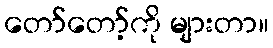
တော်တော့်ကို များတာ။